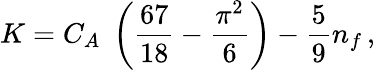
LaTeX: K=C_{A}\; \left({\frac{67}{18}}-{\frac{\pi^{2}}{6}}\right)-{\frac{5}{9}}n_{f}\, ,